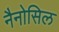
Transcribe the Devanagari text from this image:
नैनोसिल